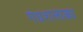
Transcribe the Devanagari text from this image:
गंधशलाका